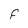
Character: F